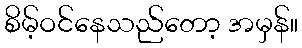
စိမ့်ဝင်နေသည်တော့ အမှန်။